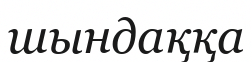
шындаққа